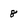
Character: 8